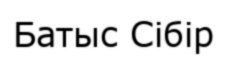
Батыс Сібір